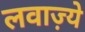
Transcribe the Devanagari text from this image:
लवाज़्ये